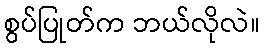
စွပ်ပြုတ်က ဘယ်လိုလဲ။